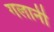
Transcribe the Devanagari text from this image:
गलानी